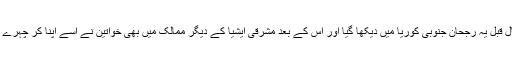
سب سے پہلے دو سال قبل یہ رجحان جنوبی کوریا میں دیکھا گیا اور اس کے بعد مشرقی ایشیا کے دیگر ممالک میں بھی خواتین نے اسے اپنا کر چہرے کو دلکش بنارہی ہیں۔